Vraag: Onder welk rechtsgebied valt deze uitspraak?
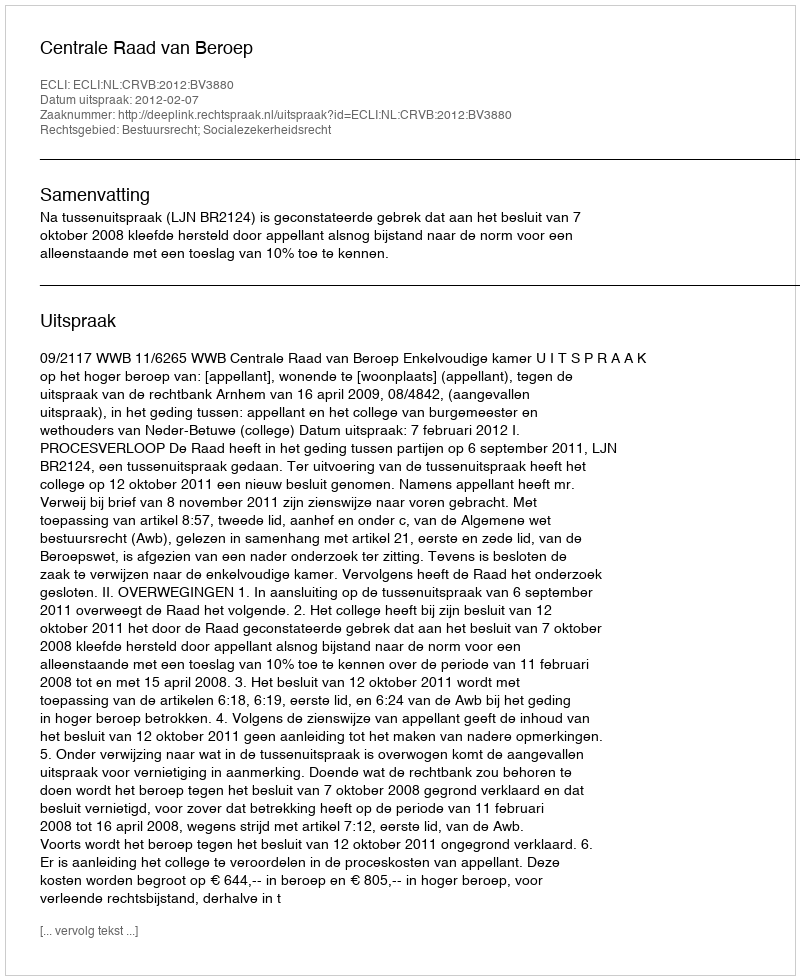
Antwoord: Bestuursrecht; Socialezekerheidsrecht